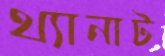
থ্যানাট